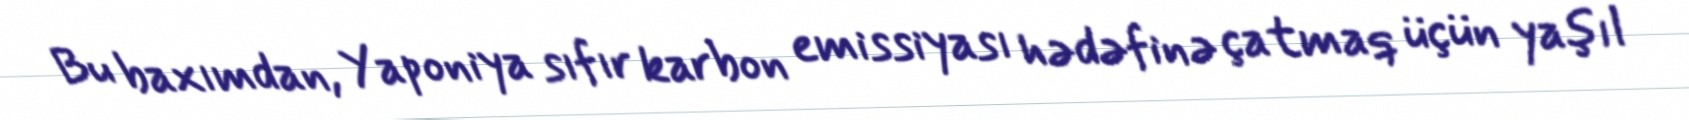
Bu baxımdan, Yaponiya sıfır karbon emissiyası hədəfinə çatmaq üçün yaşıl